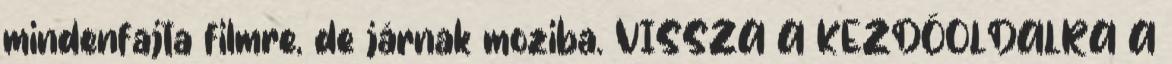
mindenfajta filmre, de járnak moziba. VISSZA A KEZDŐOLDALRA A